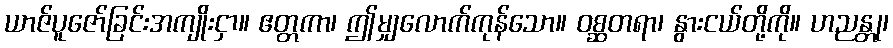
ယာဇ်ပူဇော်ခြင်းအကျိုးငှာ။ ဧတ္တကာ၊ ဤမျှလောက်ကုန်သော။ ဝစ္ဆတရာ၊ နွားငယ်တို့ကို။ ဟညန္တု၊